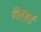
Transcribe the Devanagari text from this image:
गिल्ज़ाई